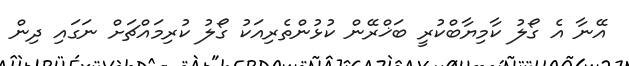
އޭނާ އެ ގޯލު ކާމިޔާބްކުރީ ބަޚްރޭން ކުޅުންތެރިއަކު ގޯލު ކުރިމައްޗަށް ނަގައި ދިން